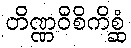
တိဏ္ဏဝိစိကိစ္ဆံ